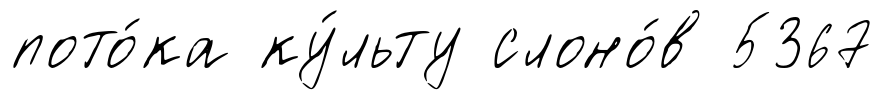
пото́ка ку́льту слоно́в 5367